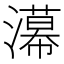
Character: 濗